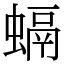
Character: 螎